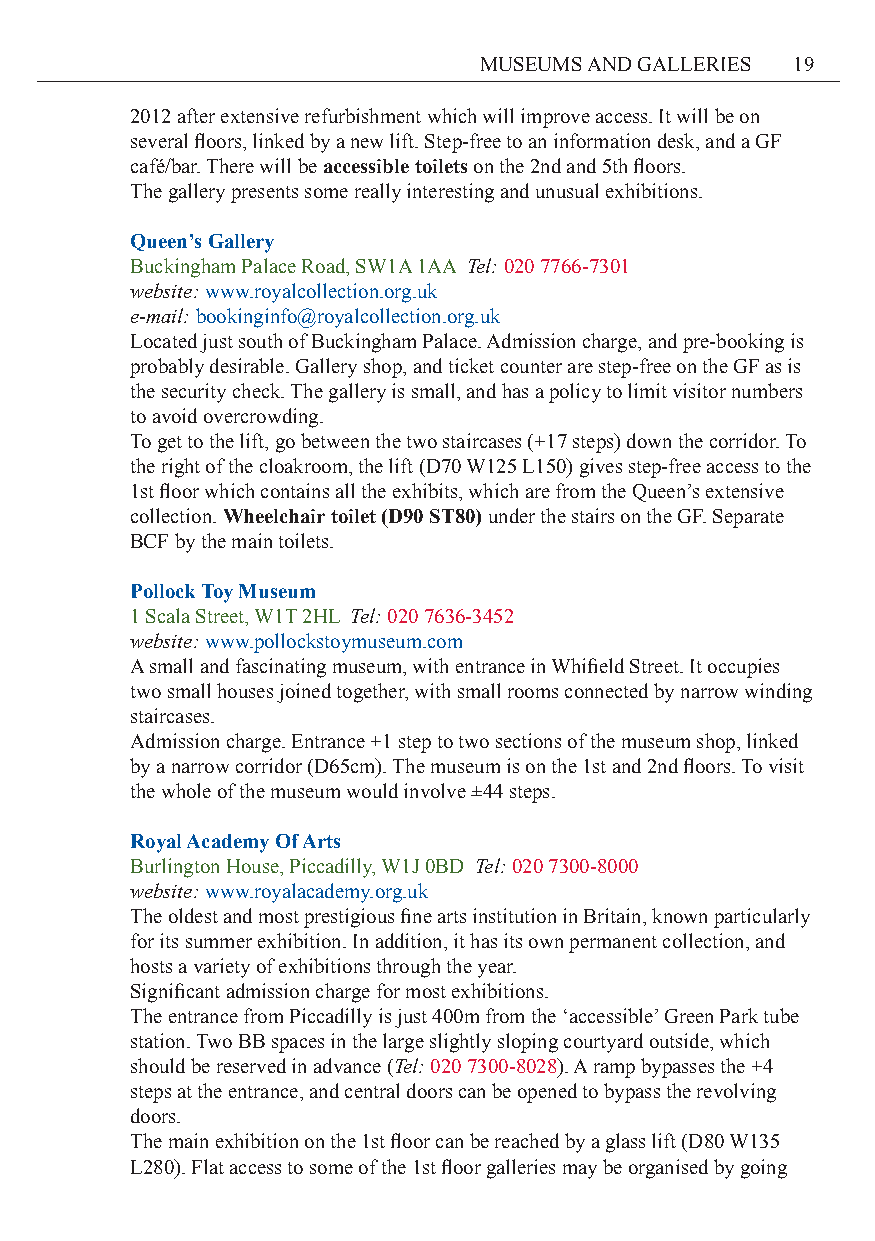
MUSEUMS AND GALLERIES 19
 2012 after extensive refurbishment which will improve access. It will be on
 several floors, linked by a new lift. Step-free to an information desk, and a GF
 café/bar. There will be accessible toilets on the 2nd and 5th floors.
 The gallery presents some really interesting and unusual exhibitions.
 Queen’s Gallery
 Buckingham Palace Road, SW1A 1AA Tel: 020 7766-7301
 website: www.royalcollection.org.uk
 e-mail: bookinginfo@royalcollection.org.uk
 Located just south of Buckingham Palace. Admission charge, and pre-booking is
 probably desirable. Gallery shop, and ticket counter are step-free on the GF as is
 the security check. The gallery is small, and has a policy to limit visitor numbers
 to avoid overcrowding.
 To get to the lift, go between the two staircases (+17 steps) down the corridor. To
 the right of the cloakroom, the lift (D70 W125 L150) gives step-free access to the
 1st floor which contains all the exhibits, which are from the Queen’s extensive
 collection. Wheelchair toilet (D90 ST80) under the stairs on the GF. Separate
 BCF by the main toilets.
 Pollock Toy Museum
 1 Scala Street, W1T 2HL Tel: 020 7636-3452
 website: www.pollockstoymuseum.com
 A small and fascinating museum, with entrance in Whifield Street. It occupies
 two small houses joined together, with small rooms connected by narrow winding
 staircases.
 Admission charge. Entrance +1 step to two sections of the museum shop, linked
 by a narrow corridor (D65cm). The museum is on the 1st and 2nd floors. To visit
 the whole of the museum would involve ±44 steps.
 Royal Academy Of Arts
 Burlington House, Piccadilly, W1J 0BD Tel: 020 7300-8000
 website: www.royalacademy.org.uk
 The oldest and most prestigious fine arts institution in Britain, known particularly
 for its summer exhibition. In addition, it has its own permanent collection, and
 hosts a variety of exhibitions through the year.
 Significant admission charge for most exhibitions.
 The entrance from Piccadilly is just 400m from the ‘accessible’ Green Park tube
 station. Two BB spaces in the large slightly sloping courtyard outside, which
 should be reserved in advance (Tel: 020 7300-8028). A ramp bypasses the +4
 steps at the entrance, and central doors can be opened to bypass the revolving
 doors.
 The main exhibition on the 1st floor can be reached by a glass lift (D80 W135
 L280). Flat access to some of the 1st floor galleries may be organised by going